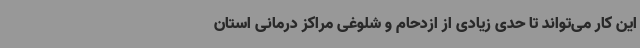
این کار می‌تواند تا حدی زیادی از ازدحام و شلوغی مراکز درمانی استان